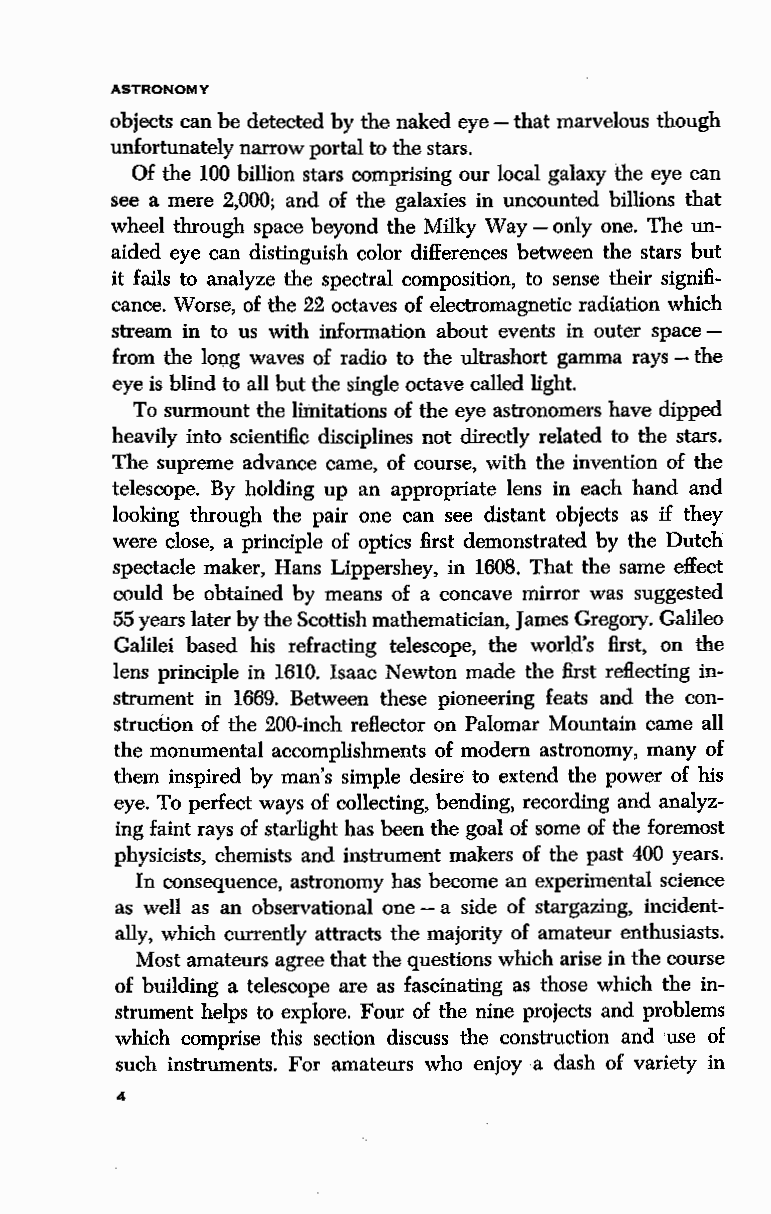
ASTRONOMY
 objects can be detected by the naked eye - that marvelous though
 unfortunately narrow portal to the stars.
 Of the 100 billion stars comprising our local galaxy the eye can
 see a mere 2,000; and of the galaxies in uncounted billions that
 wheel through space beyond the Milky Way-only one. The un
 aided eye can distinguish color differences between the stars but
 it fails to analyze the spectral composition, to sense their signifi
 cance. Worse, of the 22 octaves of electromagnetic radiation which
 stream in to us with information about events in outer space -
 from the lol)g waves of radio to the ultrashort gamma rays - the
 eye is blind to all but the single octave called light.
 To surmount the limitations of the eye astronomers have dipped
 heavily into scientific disciplines not directly related to the stars.
 The supreme advance came, of course, with the invention of the
 telescope. By holding up an appropriate lens in each hand and
 looking through the pair one can see distant objects as if they
 were close, a principle of optics first demonstrated by the Dutch
 spectacle maker, Hans Lippershey, in 1608. That the same effect
 could be obtained by means of a concave mirror was suggested
 55 years later by the Scottish mathematician, James Gregory. Galileo
 Galilei based his refracting telescope, the world's first, on the
 lens principle in 1610. Isaac Newton made the first reflecting in
 strument in 1669. Between these pioneering feats and the con
 struction of the 200-inch reflector on Palomar Mountain came all
 the monumental accomplishments of modem astronomy, many of
 them inspired by man's simple desire to extend the power of his
 eye. To perfect ways of collecting, bending, recording and analyz
 ing faint rays of starlight has been the goal of some of the foremost
 physicists, chemists and instrument makers of the past 400 years.
 In consequence, astronomy has become an experimental science
 as well as an observational one - a side of stargazing, incident
 ally, which currently attracts the majority of amateur enthusiasts.
 Most amateurs agree that the questions which arise in the course
 of building a telescope are as fascinating as those which the in
 strument helps to explore. Four of the nine projects and problems
 which comprise this section discuss the construction and 'use of
 such instruments. For amateurs who enjoy a dash of variety in
 4